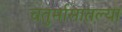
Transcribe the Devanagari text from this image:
चतुर्मासातल्या